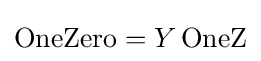
\operatorname {OneZero} =Y\operatorname {OneZ}